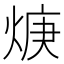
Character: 焿